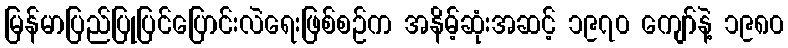
မြန်မာပြည်ပြုပြင်ပြောင်းလဲရေးဖြစ်စဉ်က အနိမ့်ဆုံးအဆင့် ၁၉၇၀ ကျော်နဲ့ ၁၉၈၀